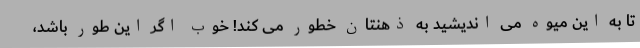
تا به این میوه می اندیشید به ذهنتان خطور می کند! خوب اگر این طور باشد،